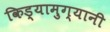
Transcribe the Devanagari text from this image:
किड्यामुग्यानी